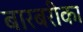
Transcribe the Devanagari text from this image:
बारबरीका